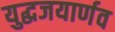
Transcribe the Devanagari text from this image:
युद्धजयार्णव